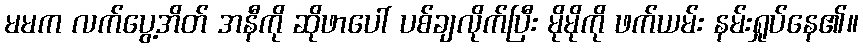
မမက လက်ပွေ့အိတ် အနီကို ဆိုဖာပေါ် ပစ်ချလိုက်ပြီး မိုမိုကို ဖက်ယမ်း နမ်းရှုပ်နေ၏။